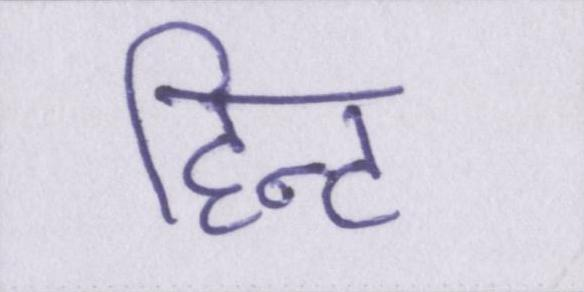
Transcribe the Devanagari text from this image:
हिन्ट